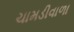
ચામડીવાળા